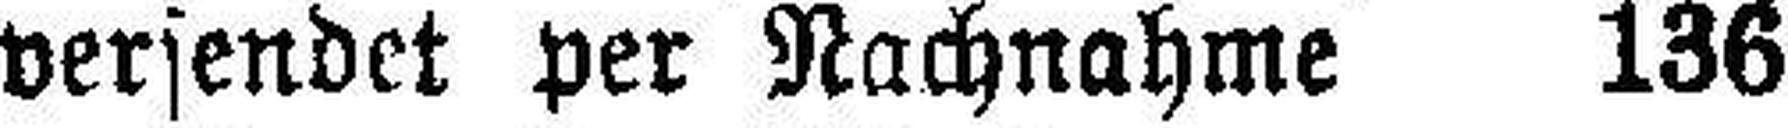
versendet per Nachnahme 136